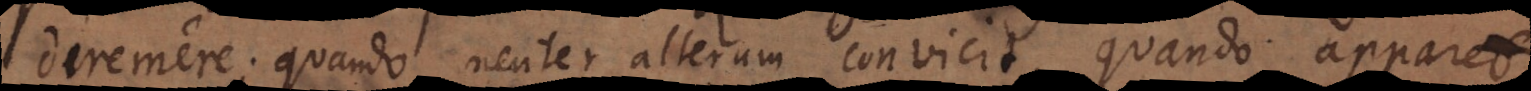
diremere; quando neuter alterum convicit, quando apparet